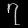
Digit: ၇